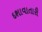
દશાવાતારી